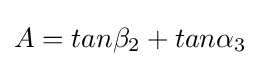
A=tan\beta _{2}+tan\alpha _{3}